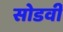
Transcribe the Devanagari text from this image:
सोडवी